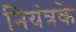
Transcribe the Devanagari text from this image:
नियंत्रके